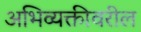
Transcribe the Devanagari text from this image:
अभिव्यक्तीवरील